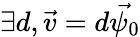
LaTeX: \exists d,\vec{v}=d\vec{\psi_{0}}